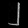
Digit: ၂